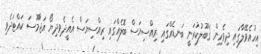
އިހުއެވޭލާގައި ދިވެހިން ޤަބޫލުކުރަނީ ބަނޑެއްގައި ރިއްސިޔަސް ބޮލެއްގައި ރިއްސިޔަސް އެއީދެވިދިޔޯ އަޖާމޫސަ ކައްޓަދެވި